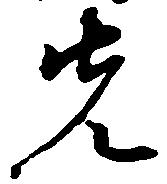
先